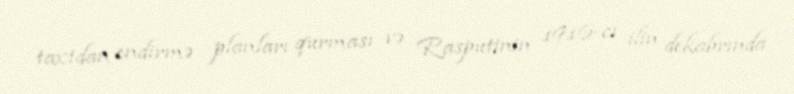
taxtdan endirmə planları qurması və Rasputinin 1916-cı ilin dekabrında